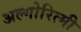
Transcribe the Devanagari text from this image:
अल्गोरित्मी